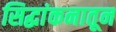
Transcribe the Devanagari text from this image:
सिद्धांकनातून